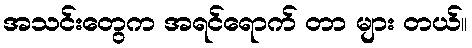
အသင်းတွေက အရင်ရောက် တာ များ တယ်။